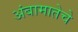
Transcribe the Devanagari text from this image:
अंबामातेचे